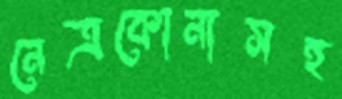
নেত্রকোনাসহ